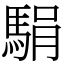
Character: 駽